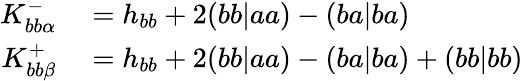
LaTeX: \begin{array}{rl}{K_{bb\alpha}^{-}}&{{}=h_{bb}+2(bb|aa)-(ba|ba)}\\ {K_{bb\beta}^{+}}&{{}=h_{bb}+2(bb|aa)-(ba|ba)+(bb|bb)}\end{array}